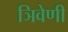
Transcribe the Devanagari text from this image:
ञिवेणी